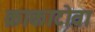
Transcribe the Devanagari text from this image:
क्राकाटोवा